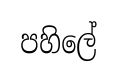
පහිලේ